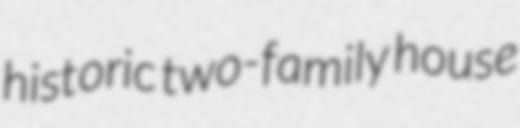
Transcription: historic two-family house